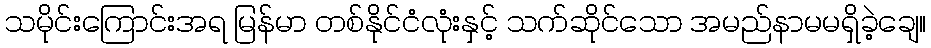
သမိုင်းကြောင်းအရ မြန်မာ တစ်နိုင်ငံလုံးနှင့် သက်ဆိုင်သော အမည်နာမမရှိခဲ့ချေ။